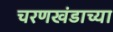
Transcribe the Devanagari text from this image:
चरणखंडाच्या